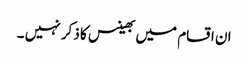
ان اقسام میں بھینس کا ذکر نہیں ۔